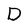
Character: D